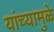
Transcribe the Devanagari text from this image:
यांच्‍यामुळे